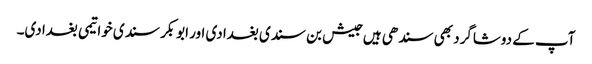
آپ کے دوشاگرد بھی سندھی ہیں جیش بن سندی بغدادی اور ابوبکر سندی خواتیمی بغدادی۔